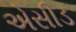
એસીડ